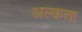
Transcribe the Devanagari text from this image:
अल्कता